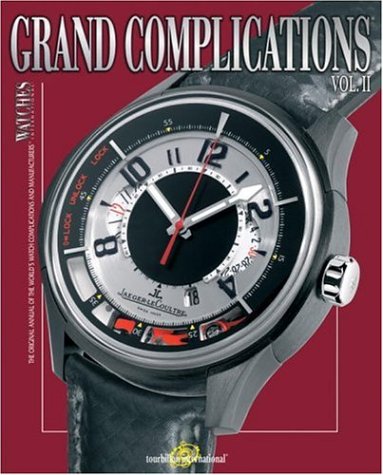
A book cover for Grand Complications: High Quality Watchmaking - Volume II; Tourbillon International; Crafts, Hobbies & Home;